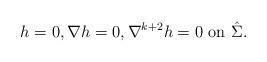
LaTeX: \begin{align*}h=0, \nabla h=0, \nabla^{k+2} h=0 \mbox{ on }\hat \Sigma. \end{align*}